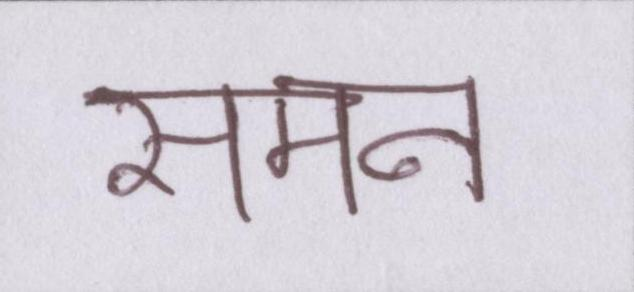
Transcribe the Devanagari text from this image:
समन